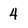
Character: 4